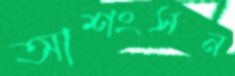
আশংসন